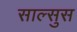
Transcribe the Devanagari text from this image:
साल्सुस